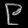
Digit: ၉